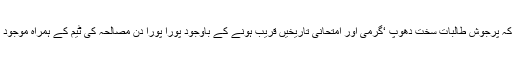
حتیٰ کہ پرجوش طالبات سخت دھوپ ‘گرمی اور امتحانی تاریخیں قریب ہونے کے باوجود پورا پورا دن مصالحہ کی ٹیم کے ہمراہ موجود رہیں۔